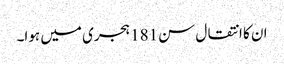
ان کا انتقال سن181 ہجری میں ہوا۔